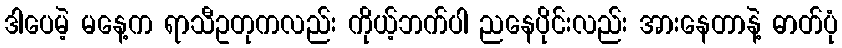
ဒါပေမဲ့ မနေ့က ရာသီဥတုကလည်း ကိုယ့်ဘက်ပါ ညနေပိုင်းလည်း အားနေတာနဲ့ ဓာတ်ပုံ